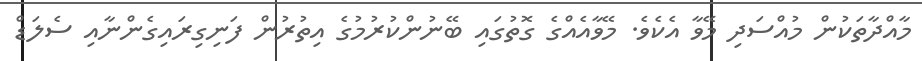
މާއްދާތަކުން މުއްސަދި މޭވާ އެކެވެ. މޭވާއެއްގެ ގޮތުގައި ބޭނުންކުރުމުގެ އިތުރުން ފަނިގިރައިގެންނާއި ސެލަޑް